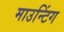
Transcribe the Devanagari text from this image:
माउन्टिंग